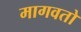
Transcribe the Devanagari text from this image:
मागवतो